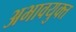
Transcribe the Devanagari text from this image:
अभावयुक्त